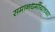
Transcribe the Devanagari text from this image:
समानधर्मीयांच्या